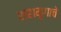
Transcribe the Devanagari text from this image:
शहामृगाचे